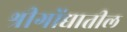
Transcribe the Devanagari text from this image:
श्रीगोंद्यातील